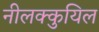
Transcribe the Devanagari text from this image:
नीलक्कुयिल